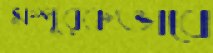
সম্পূরকভাবে